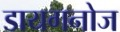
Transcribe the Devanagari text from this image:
डायगनोज